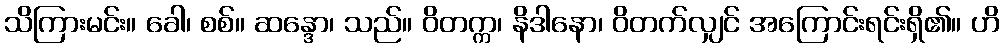
သိကြားမင်း။ ခေါ၊ စစ်။ ဆန္ဒော၊ သည်။ ဝိတက္က၊ နိဒါနော၊ ဝိတက်လျှင် အကြောင်းရင်းရှိ၏။ ဟိ